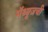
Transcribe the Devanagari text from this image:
मॅथ्यूजची